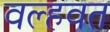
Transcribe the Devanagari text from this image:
वल्हवत